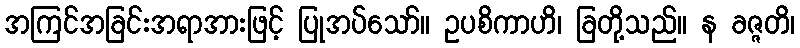
အကြင်အခြင်းအရာအားဖြင့် ပြုအပ်သော်။ ဥပစိကာဟိ၊ ခြတို့သည်။ န ခဇ္ဇတိ၊